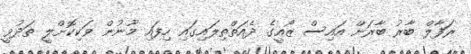
ރަފާލް ބާރު ބާރަށް އައިސް ޒޯއީގެ ދެއަތްތިލައިގައި ހިފައި މޫނުން ވަކިކޮށްލީ ތަދުވީ